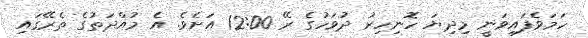
ހަމަވެފައިވަނީ މިދިޔަ ހޮނިހިރު ދުވަހުގެ ރޭ 12:00 އަށެވެ. އެ މުއްދަތުގެ ތެރޭގައި